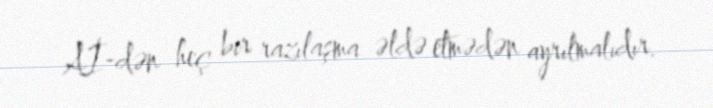
Aİ-dən heç bir razılaşma əldə etmədən ayrılmalıdır.